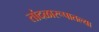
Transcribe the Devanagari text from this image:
तांदळारूपातल्या